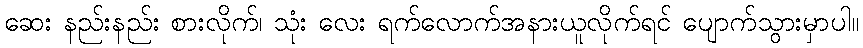
ဆေး နည်းနည်း စားလိုက်၊ သုံး လေး ရက်လောက်အနားယူလိုက်ရင် ပျောက်သွားမှာပါ။